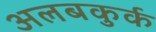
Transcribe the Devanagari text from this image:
अलबकुर्क